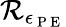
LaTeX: \mathcal{R}_{\epsilon_{\mathrm{{~P~E~}}}}